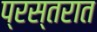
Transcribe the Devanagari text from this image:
प्रस्तरात